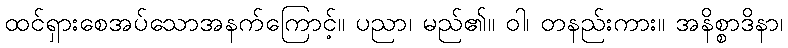
ထင်ရှားစေအပ်သောအနက်ကြောင့်။ ပညာ၊ မည်၏။ ဝါ၊ တနည်းကား။ အနိစ္စာဒိနာ၊